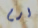
ارم